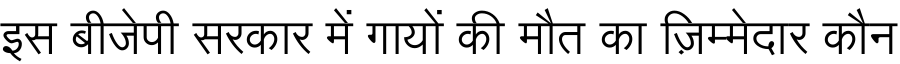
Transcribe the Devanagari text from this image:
इस बीजेपी सरकार में गायों की मौत का ज़िम्मेदार कौन